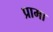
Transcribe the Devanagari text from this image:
प्रामा